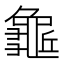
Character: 𪚺